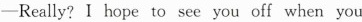
—Really? I hope to see you off when you